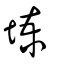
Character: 堜